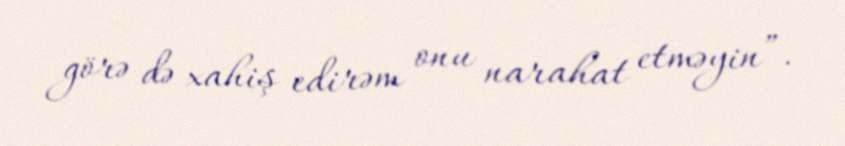
görə də xahiş edirəm onu narahat etməyin”.